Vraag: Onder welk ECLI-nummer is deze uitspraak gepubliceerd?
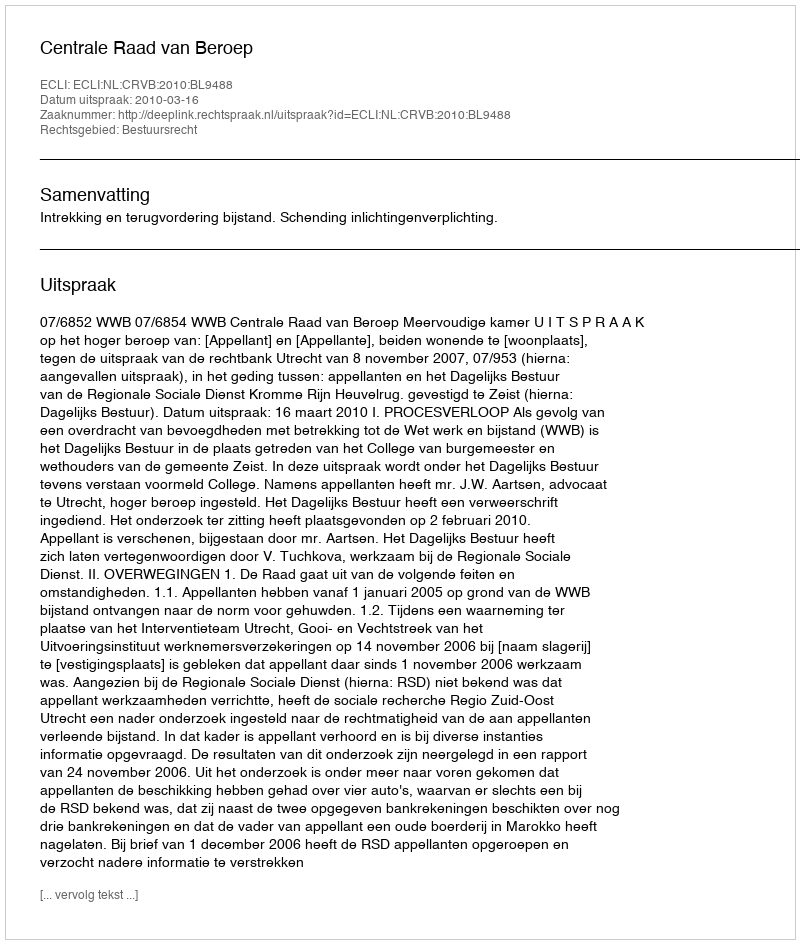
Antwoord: ECLI:NL:CRVB:2010:BL9488